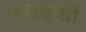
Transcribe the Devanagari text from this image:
महत्त्बाची